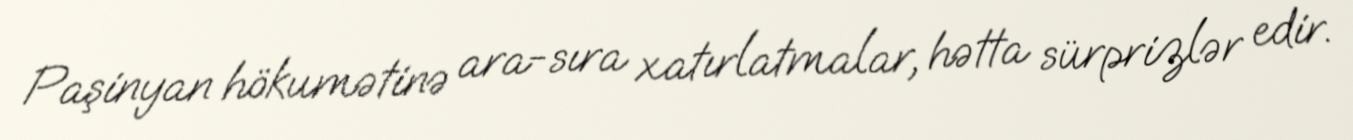
Paşinyan hökumətinə ara-sıra xatırlatmalar, hətta sürprizlər edir.